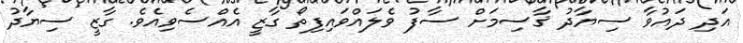
އަދި ދައުވާ ސިޔާދު ޤާސިމަށް ސާފު ވެލައްވައިފިތޯ ގާޒީ އެއްސެވިއެވެ. ގާޒީ ސިޔާދު